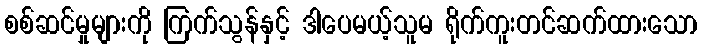
စစ်ဆင်မှုများကို ကြက်သွန်နှင့် ဒါပေမယ့်သူမ ရိုက်ကူးတင်ဆက်ထားသော